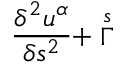
\frac { \delta ^ { 2 } u ^ { \alpha } } { \delta s ^ { 2 } } + \stackrel { s } { \Gamma }